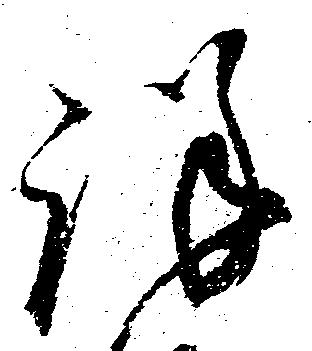
詳